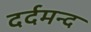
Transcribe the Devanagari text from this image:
दर्दमन्द